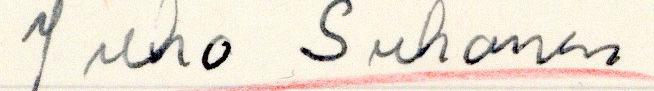
Juho Suhonen